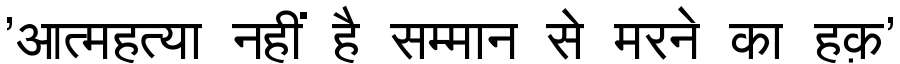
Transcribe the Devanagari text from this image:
'आत्महत्या नहीं है सम्मान से मरने का हक़'